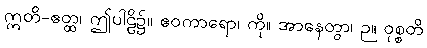
ဣတိ-ဧတ္ထ၊ ဤပါဠိ၌။ ဧဝကာရော၊ ကို။ အာနေတွာ၊ ဉ။ ဝုစ္စတိ